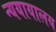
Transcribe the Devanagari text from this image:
न्ययायालय